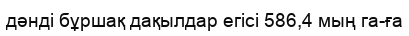
дәнді бұршақ дақылдар егісі 586,4 мың га-ға